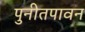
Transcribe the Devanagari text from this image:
पुनीतपावन